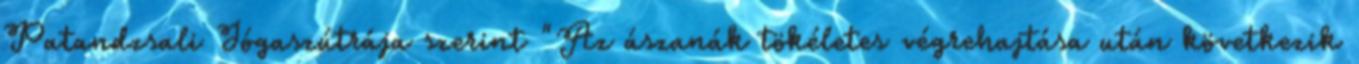
Patandzsali Jógaszútrája szerint "Az ászanák tökéletes végrehajtása után következik